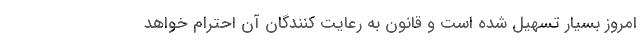
امروز بسیار تسهیل شده است و قانون به رعایت کنندگان آن احترام خواهد